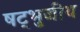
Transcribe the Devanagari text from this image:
षट्भुजीय